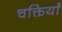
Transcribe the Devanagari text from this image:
चक्तियाँ